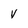
Character: v